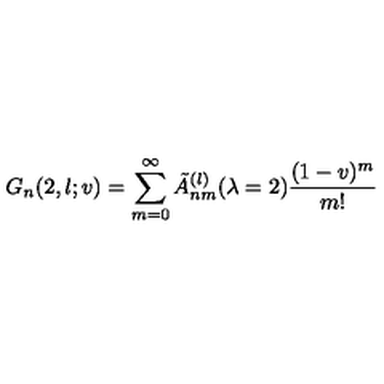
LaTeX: G _ { n } ( 2 , l ; v ) = \sum _ { m = 0 } ^ { \infty } \tilde { A } _ { n m } ^ { ( l ) } ( \lambda = 2 ) \frac { ( 1 - v ) ^ { m } } { m ! }